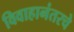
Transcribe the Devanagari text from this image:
विवाहानंतरचे